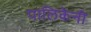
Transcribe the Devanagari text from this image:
पालिकेनी